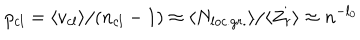
p _ { c l } = \langle v _ { c l } \rangle / ( n _ { c l } - 1 ) \approx \langle N _ { l o c . g r . } \rangle / \langle Z _ { r } \rangle \approx n ^ { - l _ { 0 } }